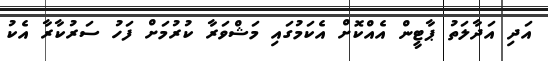
އަދި އަދާލަތު ޕާޓީން އެއްކޮށް އެކަމުގައި މަޝްވަރާ ކުރުމަށް ފަހު ސަރުކާރާ އެކު